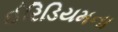
ઈરિડિયમના